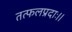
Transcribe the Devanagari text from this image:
तत्फलप्रदाः।।